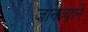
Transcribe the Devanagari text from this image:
जानव्याने